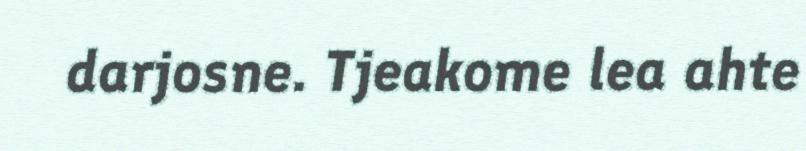
darjosne. Tjeakome lea ahte